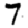
Digit: 7